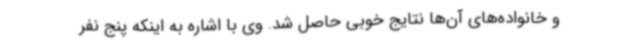
و خانواده‌های آن‌ها نتایج خوبی حاصل شد. وی با اشاره به اینکه پنج نفر